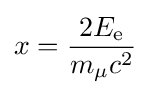
x={\frac {2E_{\text{e}}}{m_{\mu }c^{2}}}